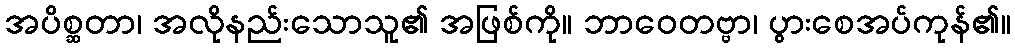
အပိစ္ဆတာ၊ အလိုနည်းသောသူ၏ အဖြစ်ကို။ ဘာဝေတဗ္ဗာ၊ ပွားစေအပ်ကုန်၏။